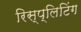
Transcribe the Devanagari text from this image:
रिस्प्लिटिंग